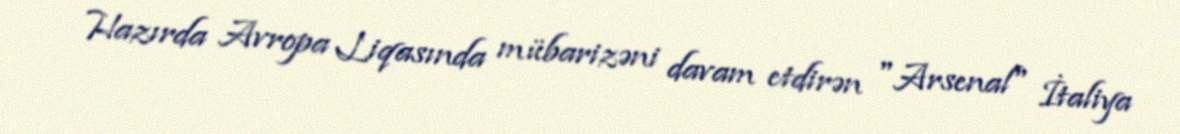
Hazırda Avropa Liqasında mübarizəni davam etdirən "Arsenal" İtaliya